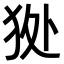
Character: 𤝥